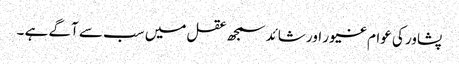
پشاور کی عوام غیور اور شائد سمجھ عقل میں سب سے آگے ہے ۔